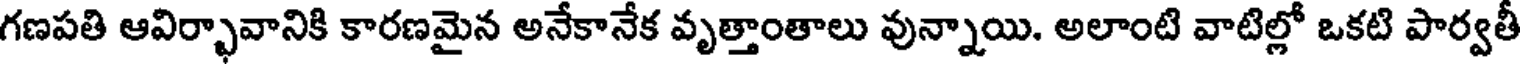
గణపతి ఆవిర్భావానికి కారణమైన అనేకానేక వృత్తాంతాలు వున్నాయి. అలాంటి వాటిల్లో ఒకటి పార్వతీ